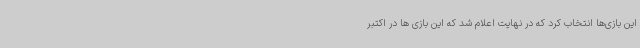
این بازی‌ها انتخاب کرد که در نهایت اعلام شد که این بازی ها در اکتبر